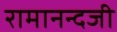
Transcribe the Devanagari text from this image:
रामानन्दजी